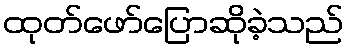
ထုတ်ဖော်ပြောဆိုခဲ့သည်